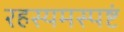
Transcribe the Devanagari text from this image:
रहस्यमस्पष्टं